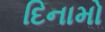
દિનામો